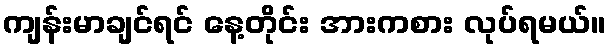
ကျန်းမာချင်ရင် နေ့တိုင်း အားကစား လုပ်ရမယ်။